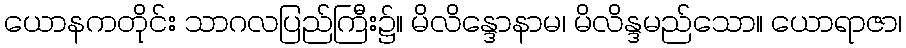
ယောနကတိုင်း သာဂလပြည်ကြီး၌။ မိလိန္ဒောနာမ၊ မိလိန္ဒမည်သော။ ယောရာဇာ၊